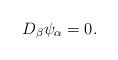
\begin{align*}D_\beta\psi_\alpha = 0.\end{align*}